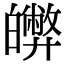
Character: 𤾵